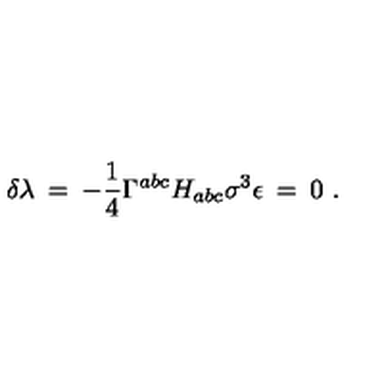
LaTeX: \delta \lambda \: = \: - \frac { 1 } { 4 } \Gamma ^ { a b c } H _ { a b c } \sigma ^ { 3 } \epsilon \: = \: 0 \ .